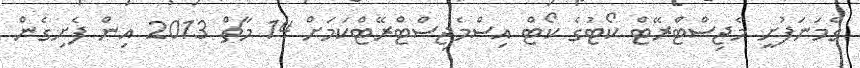
ގެމަނަފުށީ މެޖިސްޓްރޭޓް ކޯޓުގެ ކޯޓް އިސްމެޖިސްޓްރޭޓްކަމަށް 14 މާޗް 2013 އިން ފެށިގެން